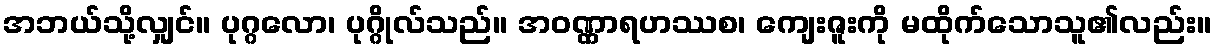
အဘယ်သို့လျှင်။ ပုဂ္ဂလော၊ ပုဂ္ဂိုလ်သည်။ အဝဏ္ဏာရဟဿစ၊ ကျေးဇူးကို မထိုက်သောသူ၏လည်း။